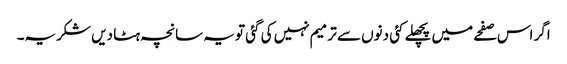
اگر اس صفحے میں پچھلے کئی دنوں سے ترمیم نہیں کی گئی تو یہ سانچہ ہٹا دیں شکریہ۔